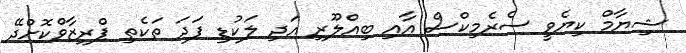
ޝިޔާމް ކިޔެވީ ސެރެމިކްސް އާއި ބިއްލޫރި އަދި ލަކުޑި ފަދަ ތަކެތި ޕްރިޒާވްކޮށްދޭ